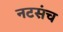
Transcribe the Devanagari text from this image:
नटसंच